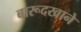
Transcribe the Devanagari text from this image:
बारूदखाने